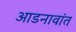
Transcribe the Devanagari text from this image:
आडनावांत